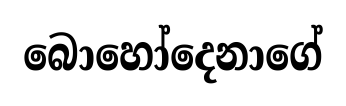
බොහෝදෙනාගේ